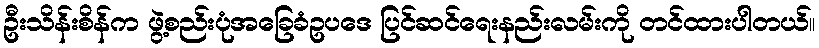
ဦးသိန်းစိန်က ဖွဲ့စည်းပုံအခြေခံဥပဒေ ပြင်ဆင်ရေးနည်းလမ်းကို တင်ထားပါတယ်။